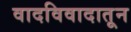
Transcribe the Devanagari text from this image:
वादविवादातून